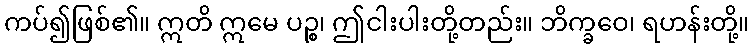
ကပ်၍ဖြစ်၏။ ဣတိ ဣမေ ပဉ္စ၊ ဤငါးပါးတို့တည်း။ ဘိက္ခဝေ၊ ရဟန်းတို့။